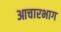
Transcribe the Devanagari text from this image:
आचारभाग